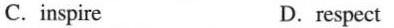
C.inspire